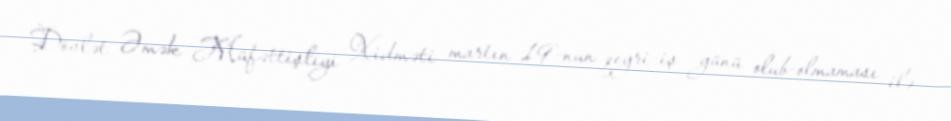
Dövlət Əmək Müfəttişliyi Xidməti martın 19-nun qeyri-iş günü olub-olmaması ilə